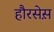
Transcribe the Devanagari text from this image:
हौरसेस़